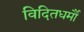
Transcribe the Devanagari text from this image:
विदितधर्मौ